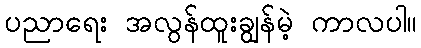
ပညာရေး အလွန်ထူးချွန်မဲ့ ကာလပါ။